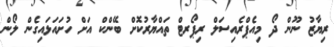
ރިޔާޒު ނޫން ދޯ މިއެޕްރެއިސަލް ރިޕޯރޓް ތައްޔާރުކޮށް ބޭންކް އަށް ހުށައަޅައިގެން ލޯން